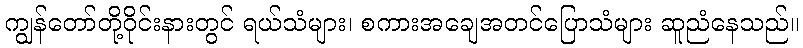
ကျွန်တော်တို့ဝိုင်းနားတွင် ရယ်သံများ၊ စကားအချေအတင်ပြောသံများ ဆူညံနေသည်။